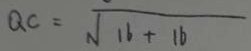
Q C = \sqrt { 1 6 + 1 6 }